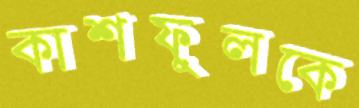
কাশফুলকে